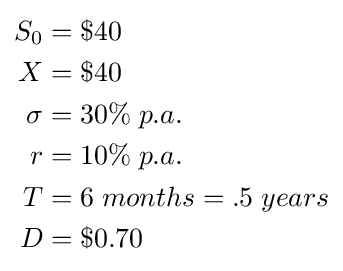
{\begin{aligned}S_{0}&=\$40\\X&=\$40\\\sigma &=30\%\;p.a.\\r&=10\%\;p.a.\\T&=6\;months=.5\;years\\D&=\$0.70\\\end{aligned}}